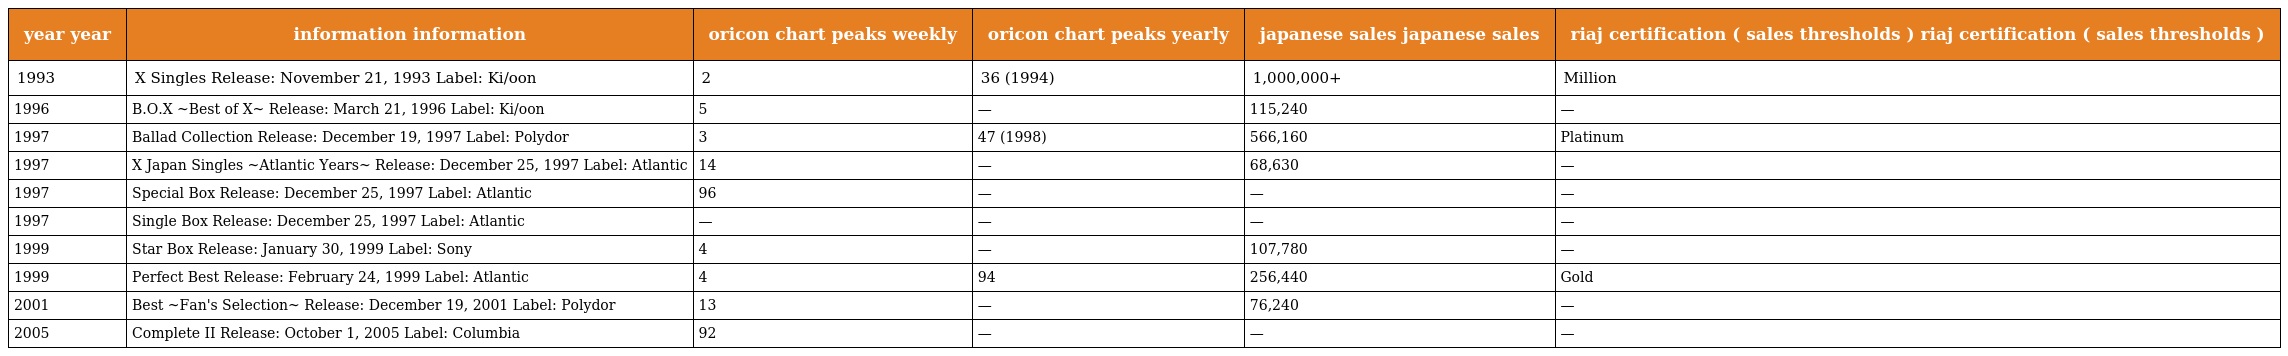
| year year | information information | oricon chart peaks weekly | oricon chart peaks yearly | japanese sales japanese sales | riaj certification ( sales thresholds ) riaj certification ( sales thresholds ) |
 | --- | --- | --- | --- | --- | --- |
 | 1993 | X Singles Release: November 21, 1993 Label: Ki/oon | 2 | 36 (1994) | 1,000,000+ | Million |
 | 1996 | B.O.X ~Best of X~ Release: March 21, 1996 Label: Ki/oon | 5 | — | 115,240 | — |
 | 1997 | Ballad Collection Release: December 19, 1997 Label: Polydor | 3 | 47 (1998) | 566,160 | Platinum |
 | 1997 | X Japan Singles ~Atlantic Years~ Release: December 25, 1997 Label: Atlantic | 14 | — | 68,630 | — |
 | 1997 | Special Box Release: December 25, 1997 Label: Atlantic | 96 | — | — | — |
 | 1997 | Single Box Release: December 25, 1997 Label: Atlantic | — | — | — | — |
 | 1999 | Star Box Release: January 30, 1999 Label: Sony | 4 | — | 107,780 | — |
 | 1999 | Perfect Best Release: February 24, 1999 Label: Atlantic | 4 | 94 | 256,440 | Gold |
 | 2001 | Best ~Fan's Selection~ Release: December 19, 2001 Label: Polydor | 13 | — | 76,240 | — |
 | 2005 | Complete II Release: October 1, 2005 Label: Columbia | 92 | — | — | — |